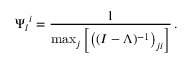
{ \Psi _ { l } } ^ { i } = \frac { 1 } { \operatorname* { m a x } _ { j } \Big [ \big ( ( I - \Lambda ) ^ { - 1 } \big ) _ { j i } \Big ] } \, .